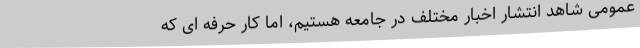
عمومی شاهد انتشار اخبار مختلف در جامعه هستیم، اما کار حرفه ای که